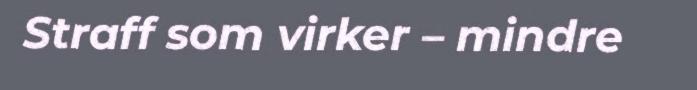
Straff som virker – mindre